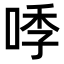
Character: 𭈛